Report on plague in the Punjab from October 1st ... to September 30th ..., being the ... season of plague in the province
Disease focus: Plague
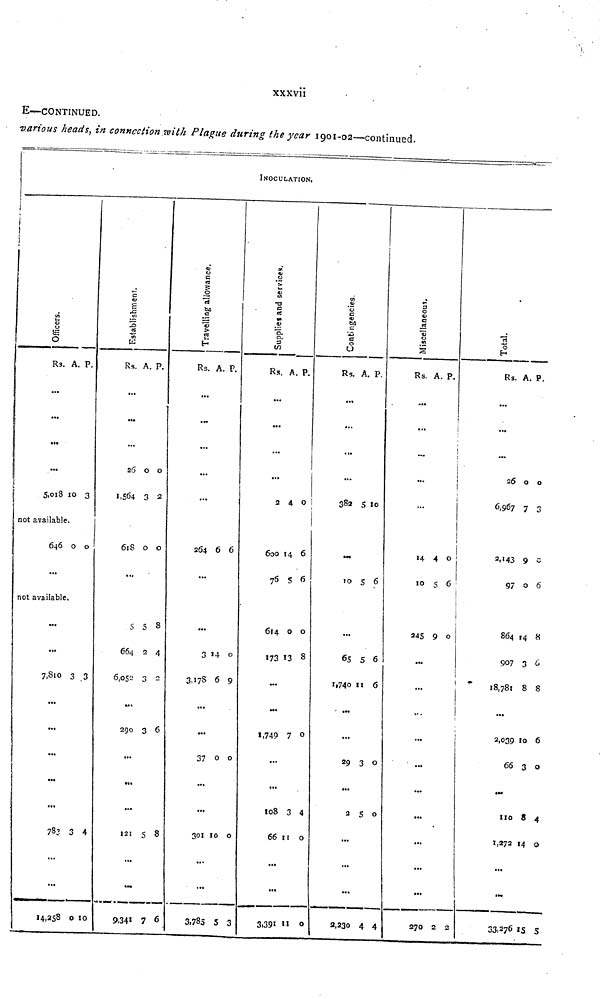
xxxvii
E—CONTINUED.
various heads, in connection with Plague during the year 1901-02—continued.
INOCULATION,
Officers.
Rs.
...
...
...
...
5,018
A.
10
P.
3
not available.
646
...
0 0
not available.
...
...
7,810
...
...
...
...
...
783
...
...
14,258
3
3
0
3
4
10
Establishment.
Rs.
...
...
...
26
1,S64
618
...
5
664
6,052
...
299
...
...
...
121
...
...
9,341
A.
0
3
0
5
2
2
3
5
7
p.
0
2
0
8
4
2
6
2
5
Travelling allowance.
Rs.
...
...
...
...
...
264
...
...
3
3,178
...
...
37
...
...
303
...
...
3,785
A.
6
14
6
0
10
5
P.
6
0
9
0
0
3
Supplies and services.
Rs.
...
...
...
...
2
600
76
614
173
...
...
1,749
...
...
108
66
...
...
3,391
A.
4
14
5
0
13
7
8
11
11
P.
0
6
6
0
8
0
4
0
0
Contingencies.
Rs.
...
...
...
...
|
382
...
10
...
65
1,740
...
...
29
...
2
...
...
...
2,230
A.
5
5
5
11
3
5
4
P.
10
6
6
6
0
0
4
Miscellaneous.
Rs.
...
...
...
...
14
10
245
...
...
...
...
...
...
...
...
...
...
270
A.
4
5
9
'2
P.
0
6
0
2
Total.
Rs.
...
...
...
26
6,967
2,143
97
864
907
18,781
...
2,039
66
...
110
1,272
...
...
33,276
A.
0
7
9
0
14
3
8
10
3
3
14
15
P.
0
3
0
6
8
6
8
6
0
4
0
5